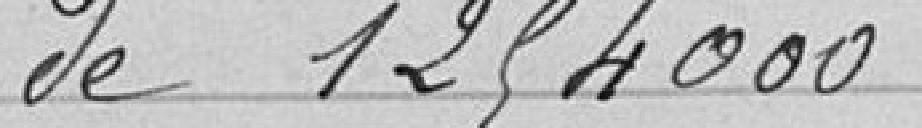
de 1 254 000 francs